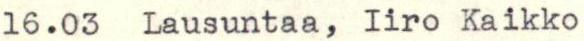
16.03  Lausuntaa, Iiro Kaikko